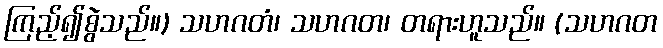
ကြည့်၍စွဲသည်။) သဟဂတံ၊ သဟဂတ၊ တရားဟူသည်။ (သဟဂတ